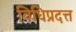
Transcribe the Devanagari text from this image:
विधिप्रदत्त